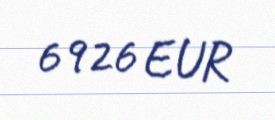
6926 EUR